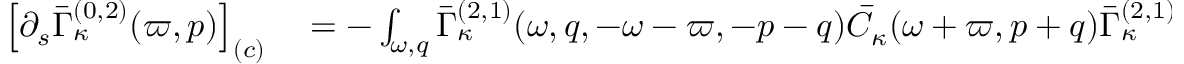
\begin{array} { r l } { \left[ \partial _ { s } \bar { \Gamma } _ { \kappa } ^ { ( 0 , 2 ) } ( \varpi , p ) \right] _ { ( c ) } } & { { } = - \int _ { \omega , q } \bar { \Gamma } _ { \kappa } ^ { ( 2 , 1 ) } ( \omega , q , - \omega - \varpi , - p - q ) \bar { C } _ { \kappa } ( \omega + \varpi , p + q ) \bar { \Gamma } _ { \kappa } ^ { ( 2 , 1 ) } ( \omega + \varpi , p + q , - \omega , - q ) \; \tilde { \partial } _ { s } \bar { C } _ { \kappa } ( \omega , q ) } \end{array}